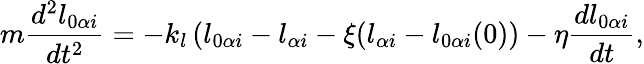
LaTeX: m\frac{d^{2}l_{0\alpha i}}{dt^{2}}=-k_{l}\left(l_{0\alpha i}-l_{\alpha i}-\xi(l_{\alpha i}-l_{0\alpha i}(0)\right)-\eta\frac{dl_{0\alpha i}}{dt},